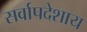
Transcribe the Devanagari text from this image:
सर्वापदेशाय